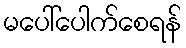
မပေါ်ပေါက်စေရန်